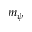
m _ { \psi }